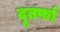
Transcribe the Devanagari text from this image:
दूतर्फा